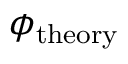
\phi _ { \mathrm { t h e o r y } }